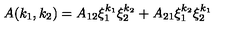
A ( k _ { 1 } , k _ { 2 } ) = A _ { 1 2 } \xi _ { 1 } ^ { k _ { 1 } } \xi _ { 2 } ^ { k _ { 2 } } + A _ { 2 1 } \xi _ { 1 } ^ { k _ { 2 } } \xi _ { 2 } ^ { k _ { 1 } }